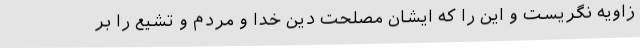
زاویه نگریست و این را که ایشان مصلحت دین خدا و مردم و تشیع را بر